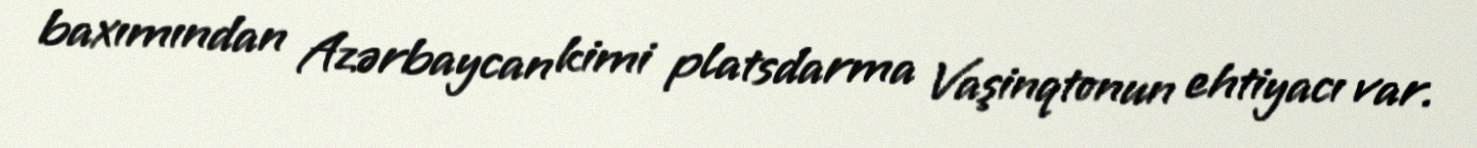
baxımından Azərbaycan kimi platsdarma Vaşinqtonun ehtiyacı var.